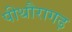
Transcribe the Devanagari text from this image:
पीथौरागढ़